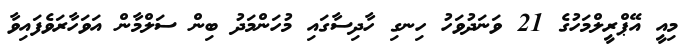
މިއީ އޭޕްރީލްމަހުގެ 21 ވަނަދުވަހު ހިނގި ހާދިސާގައި މުހަންމަދު ބިން ސަލްމާން އަވަހާރަވެފައިވާ